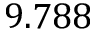
9 . 7 8 8